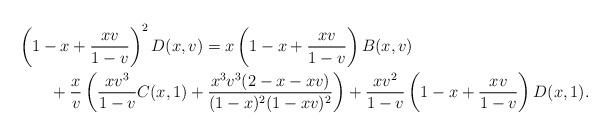
LaTeX: \begin{align*}&\left(1-x+\frac{xv}{1-v}\right)^2D(x,v)=x\left(1-x+\frac{xv}{1-v}\right)B(x,v)\\&\qquad+\frac{x}{v}\left(\frac{xv^3}{1-v}C(x,1)+\frac{x^3v^3(2-x-xv)}{(1-x)^2(1-xv)^2}\right)+\frac{xv^2}{1-v}\left(1-x+\frac{xv}{1-v}\right)D(x,1).\end{align*}